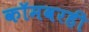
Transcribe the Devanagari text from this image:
कॉमवरही